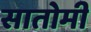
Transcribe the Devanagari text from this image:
सातोमी